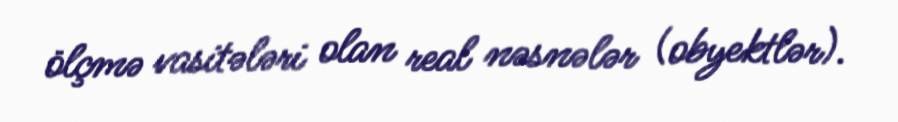
ölçmə vasitələri olan real nəsnələr (obyektlər).